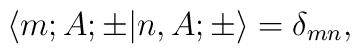
\langle m; A;\pm |n,  A; \pm \rangle = \delta_{mn},